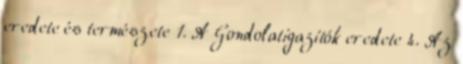
eredete és természete 1. A Gondolatigazítók eredete 4. Az